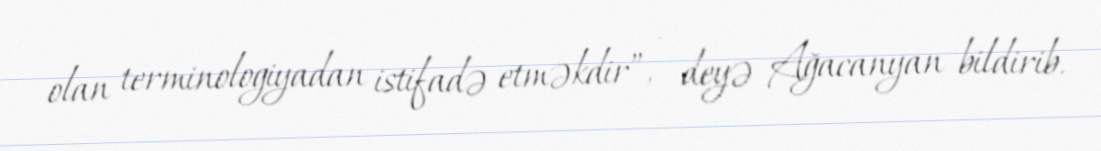
olan terminologiyadan istifadə etməkdir”, - deyə Ağacanyan bildirib.